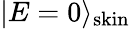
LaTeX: |E=0\rangle_{\mathrm{skin}}